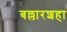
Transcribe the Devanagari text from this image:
बल्लारशहा